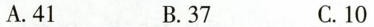
A. 41 B. 37 C. 10